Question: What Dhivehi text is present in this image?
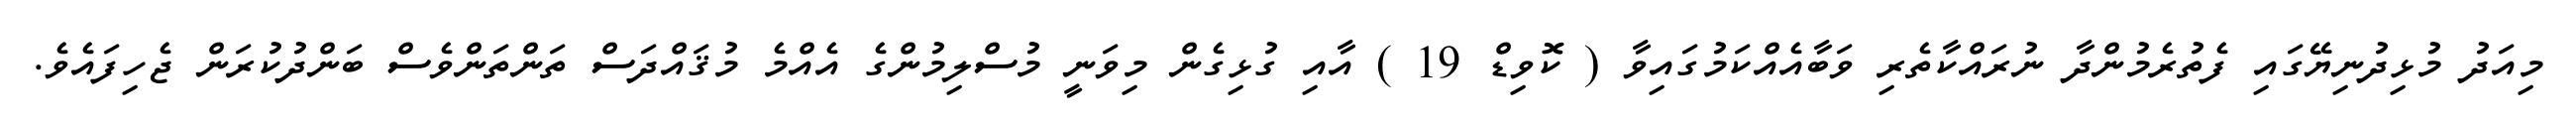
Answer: މިއަދު މުޅިދުނިޔޭގައި ފެތުރެމުންދާ ނުރައްކާތެރި ވަބާއެއްކަމުގައިވާ ( ކޮވިޑް 19 ) އާއި ގުޅިގެން މިވަނީ މުސްލިމުންގެ އެއްމެ މުޤައްދަސް ތަންތަންވެސް ބަންދުކުރަން ޖެހިފައެވެ.